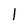
Character: l